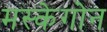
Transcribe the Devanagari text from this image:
मस्केगोन